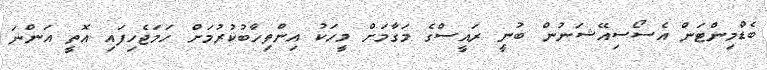
ބެޑްމިންޓަން އެސޯސިއޭޝަނުން ބުނީ ރައީސްގެ މަގާމަށް މީހަކު އިންތިހާބުކުރުމަށް ހަމަޖެހިފައި އޮތީ އަންނަ